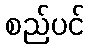
စည်ပင်